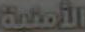
الأمنية